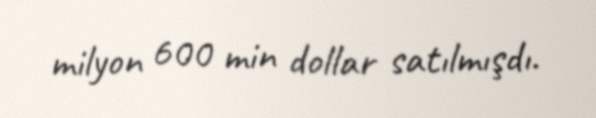
milyon 600 min dollar satılmışdı.